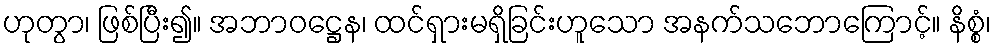
ဟုတွာ၊ ဖြစ်ပြီး၍။ အဘာဝဋ္ဌေန၊ ထင်ရှားမရှိခြင်းဟူသော အနက်သဘောကြောင့်။ နိစ္စံ၊